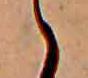
々